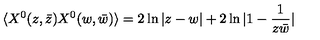
\langle X ^ { 0 } ( z , \bar { z } ) X ^ { 0 } ( w , \bar { w } ) \rangle = 2 \ln | z - w | + 2 \ln | 1 - { \frac { 1 } { z \bar { w } } } |